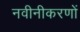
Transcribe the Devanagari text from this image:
नवीनीकरणों